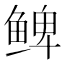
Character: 𲍕